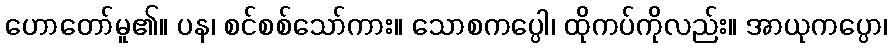
ဟောတော်မူ၏။ ပန၊ စင်စစ်သော်ကား။ သောစကပ္ပေါ၊ ထိုကပ်ကိုလည်း။ အာယုကပ္ပော၊